Lunatic asylums Bombay report 1891-1903 - 1891-1903
Year: 1891
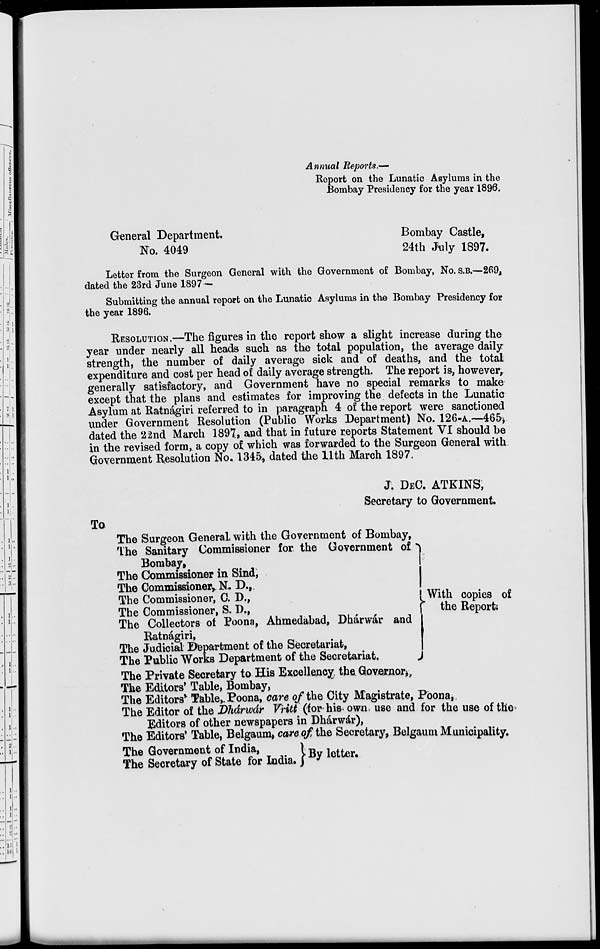
Annual Reports.—
Report on the Lunatic Asylums in the
Bombay Presidency for the year 1896.
General Department.
Bombay Castle,
No. 4049
24th July 1897.
Letter from the Surgeon General with the Government of Bombay, No. S.B.—269,
dated the 23rd June 1897—
Submitting the annual report on the Lunatic Asylums in the Bombay Presidency for
the year 1896.
RESOLUTION.—The figures in the report show a slight increase during the
year under nearly all heads such as the total population, the average daily
strength, the number of daily average sick and of deaths, and the total
expenditure and cost per head of daily average strength. The report is, however,
generally satisfactory, and Government have no special remarks to make
except that the plans and estimates for improving the defects in the Lunatic
Asylum at Ratnágiri referred to in paragraph 4 of the report were sanctioned
under Government Resolution (Public Works Department) No. 126-A.—465,
dated the 22nd March 1897, and that in future reports Statement VI should be
in the revised form, a copy of which was forwarded to the Surgeon General with
Government Resolution No. 1345, dated the 11th March 1897.
J. DEC. ATKINS,
Secretary to Government.
To
The Surgeon General with the Government of Bombay,
The Sanitary Commissioner for the Government of
Bombay,
The Commissioner in Sind,
The Commissioner, N. D.,
The Commissioner, C. D.,
With copies of
The Commissioner, S. D.,
the Reports
The Collectors of Poona, Ahmedabad, Dhárwár and
Ratnágiri,
The Judicial Department of the Secretariat,
The Public Works Department of the Secretariat.
The Private Secretary to His Excellency the Governor,
The Editors' Table, Bombay,
The Editors' Table, Poona, care of the City Magistrate, Poona,
The Editor of the Dhárwár Vritt (for his own use and for the use of the
Editors of other newspapers in Dhárwár),
The Editors' Table, Belgaum, care of the Secretary, Belgaum Municipality.
The Government of India,
By
letter.
The Secretary of State for India.